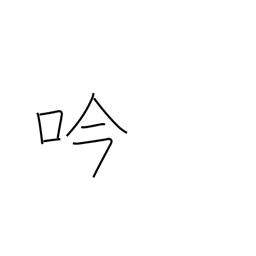
Meaning: singing